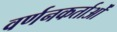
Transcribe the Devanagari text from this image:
वर्णनकर्ताओं